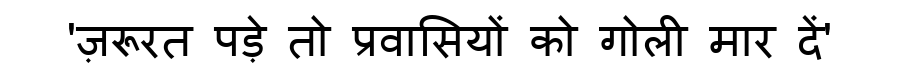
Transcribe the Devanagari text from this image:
'ज़रूरत पड़े तो प्रवासियों को गोली मार दें'